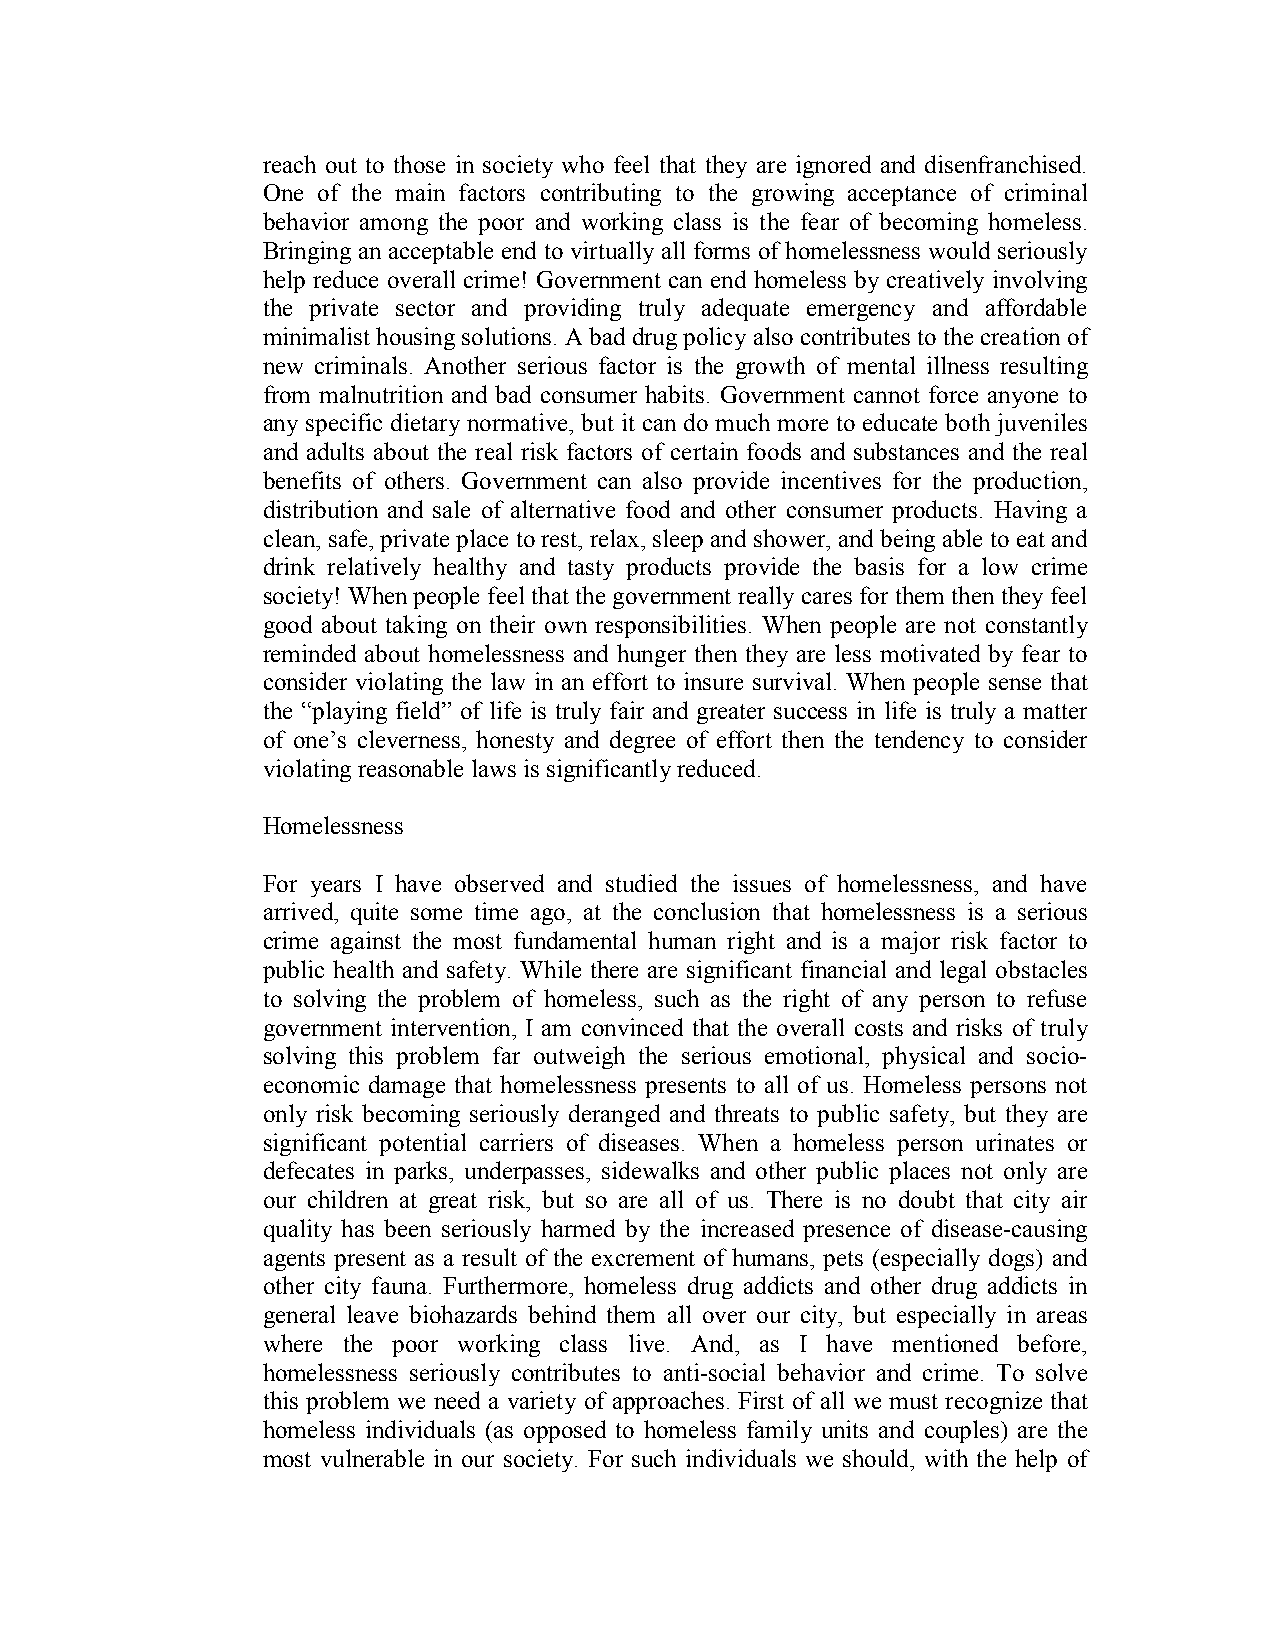
reach out to those in society who feel that they are ignored and disenfranchised.
 One of the main factors contributing to the growing acceptance of criminal
 behavior among the poor and working class is the fear of becoming homeless.
 Bringing an acceptable end to virtually all forms of homelessness would seriously
 help reduce overall crime! Government can end homeless by creatively involving
 the private sector and providing truly adequate emergency and affordable
 minimalist housing solutions. A bad drug policy also contributes to the creation of
 new criminals. Another serious factor is the growth of mental illness resulting
 from malnutrition and bad consumer habits. Government cannot force anyone to
 any specific dietary normative, but it can do much more to educate both juveniles
 and adults about the real risk factors of certain foods and substances and the real
 benefits of others. Government can also provide incentives for the production,
 distribution and sale of alternative food and other consumer products. Having a
 clean, safe, private place to rest, relax, sleep and shower, and being able to eat and
 drink relatively healthy and tasty products provide the basis for a low crime
 society! When people feel that the government really cares for them then they feel
 good about taking on their own responsibilities. When people are not constantly
 reminded about homelessness and hunger then they are less motivated by fear to
 consider violating the law in an effort to insure survival. When people sense that
 the “playing field” of life is truly fair and greater success in life is truly a matter
 of one’s cleverness, honesty and degree of effort then the tendency to consider
 violating reasonable laws is significantly reduced.
 Homelessness
 For years I have observed and studied the issues of homelessness, and have
 arrived, quite some time ago, at the conclusion that homelessness is a serious
 crime against the most fundamental human right and is a major risk factor to
 public health and safety. While there are significant financial and legal obstacles
 to solving the problem of homeless, such as the right of any person to refuse
 government intervention, I am convinced that the overall costs and risks of truly
 solving this problem far outweigh the serious emotional, physical and socio-
 economic damage that homelessness presents to all of us. Homeless persons not
 only risk becoming seriously deranged and threats to public safety, but they are
 significant potential carriers of diseases. When a homeless person urinates or
 defecates in parks, underpasses, sidewalks and other public places not only are
 our children at great risk, but so are all of us. There is no doubt that city air
 quality has been seriously harmed by the increased presence of disease-causing
 agents present as a result of the excrement of humans, pets (especially dogs) and
 other city fauna. Furthermore, homeless drug addicts and other drug addicts in
 general leave biohazards behind them all over our city, but especially in areas
 where the poor working class live. And, as I have mentioned before,
 homelessness seriously contributes to anti-social behavior and crime. To solve
 this problem we need a variety of approaches. First of all we must recognize that
 homeless individuals (as opposed to homeless family units and couples) are the
 most vulnerable in our society. For such individuals we should, with the help of